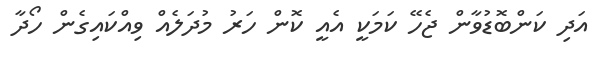
އަދި ކަންބޮޑުވާން ޖެހޭ ކަމަކީ އެއީ ކޮން ހަރު މުދަލެއް ވިއްކައިގެން ހޯދާ